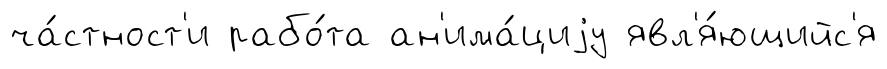
ча́стност'и рабо́та ан'има́циjу явл'я́ющийс'я